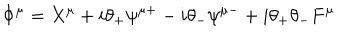
\Phi ^ { \mu } = X ^ { \mu } + i \theta _ { + } \psi ^ { \mu + } - i \theta _ { - } \psi ^ { \mu - } + i \theta _ { + } \theta _ { - } F ^ { \mu }